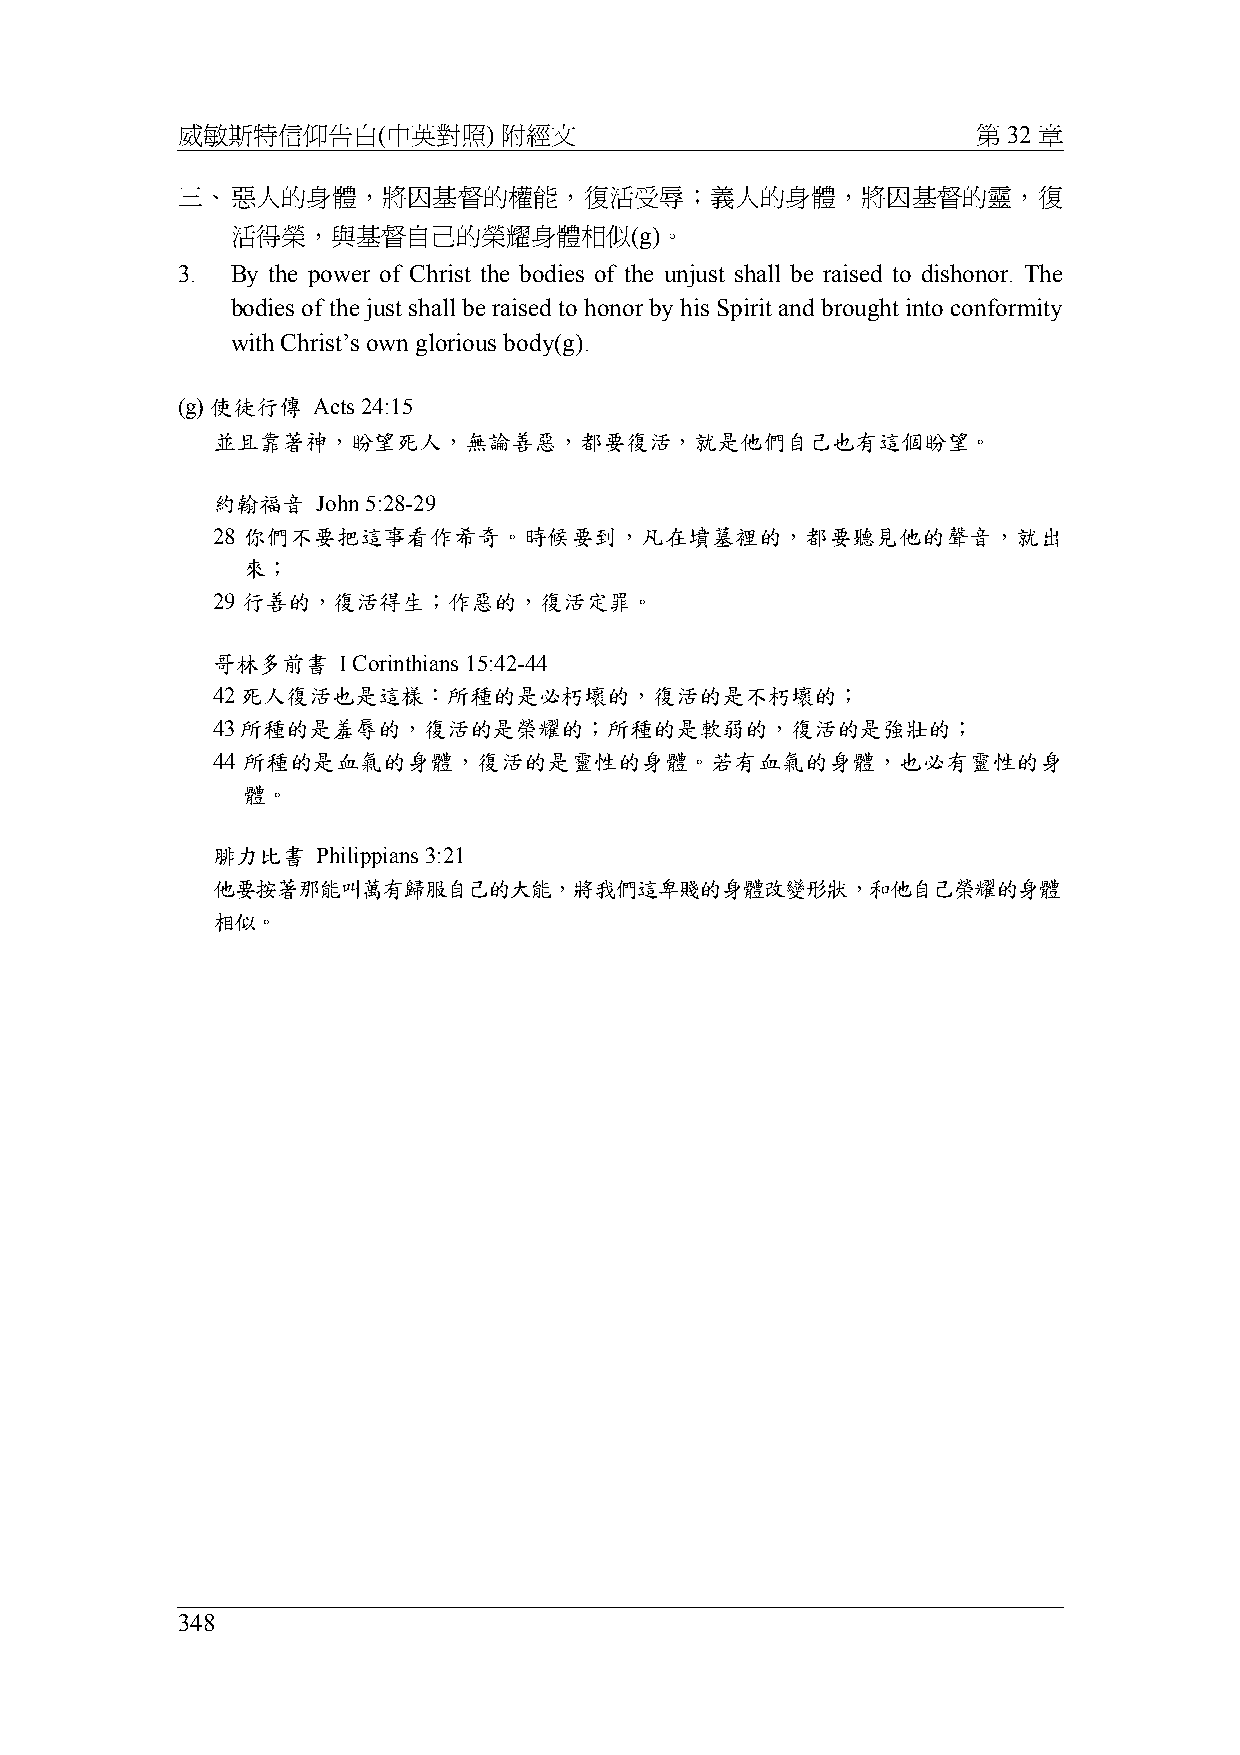
威敏斯特信仰告白(中英對照)       附經文                             第 32 章
 三、惡人的身體，將因基督的權能，復活受辱；義人的身體，將因基督的靈，復
 活得榮，與基督自己的榮耀身體相似(g)。
 3. By the power of Christ the bodies of the unjust shall be raised to dishonor. The
 bodies of the just shall be raised to honor by his Spirit and brought into conformity
 with Christ’s own glorious body(g).
 (g) 使徒行傳 Acts 24:15
 並且靠著神，盼望死人，無論善惡，都要復活，就是他們自己也有這個盼望。
 約翰福音   John 5:28-29
 28 你們不要把這事看作希奇。時候要到，凡在墳墓裡的，都要聽見他的聲音，就出
 來；
 29 行善的，復活得生；作惡的，復活定罪。
 哥林多前書   I Corinthians 15:42-44
 42死人復活也是這樣：所種的是必朽壞的，復活的是不朽壞的；
 43所種的是羞辱的，復活的是榮耀的；所種的是軟弱的，復活的是強壯的；
 44 所種的是血氣的身體，復活的是靈性的身體。若有血氣的身體，也必有靈性的身
 體。
 腓力比書   Philippians 3:21
 他要按著那能叫萬有歸服自己的大能，將我們這卑賤的身體改變形狀，和他自己榮耀的身體
 相似。
 348